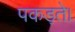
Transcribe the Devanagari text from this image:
पकड़ते।